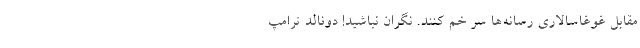
مقابل غوغاسالاری رسانه‌ها سر خم کنند. نگران نباشید! دونالد ترامپ